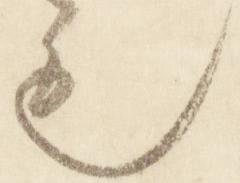
也